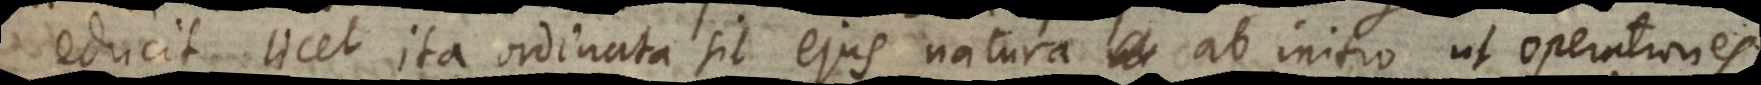
educit, licet ita ordinata sit ejus natura ab initio ut operationes